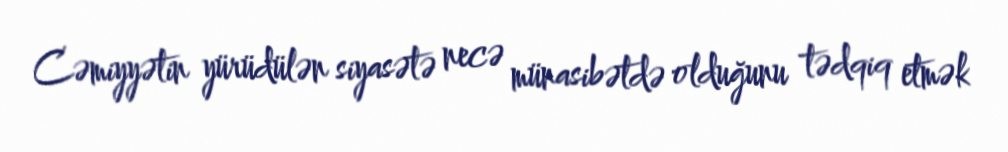
Cəmiyyətin yürüdülən siyasətə necə münasibətdə olduğunu tədqiq etmək